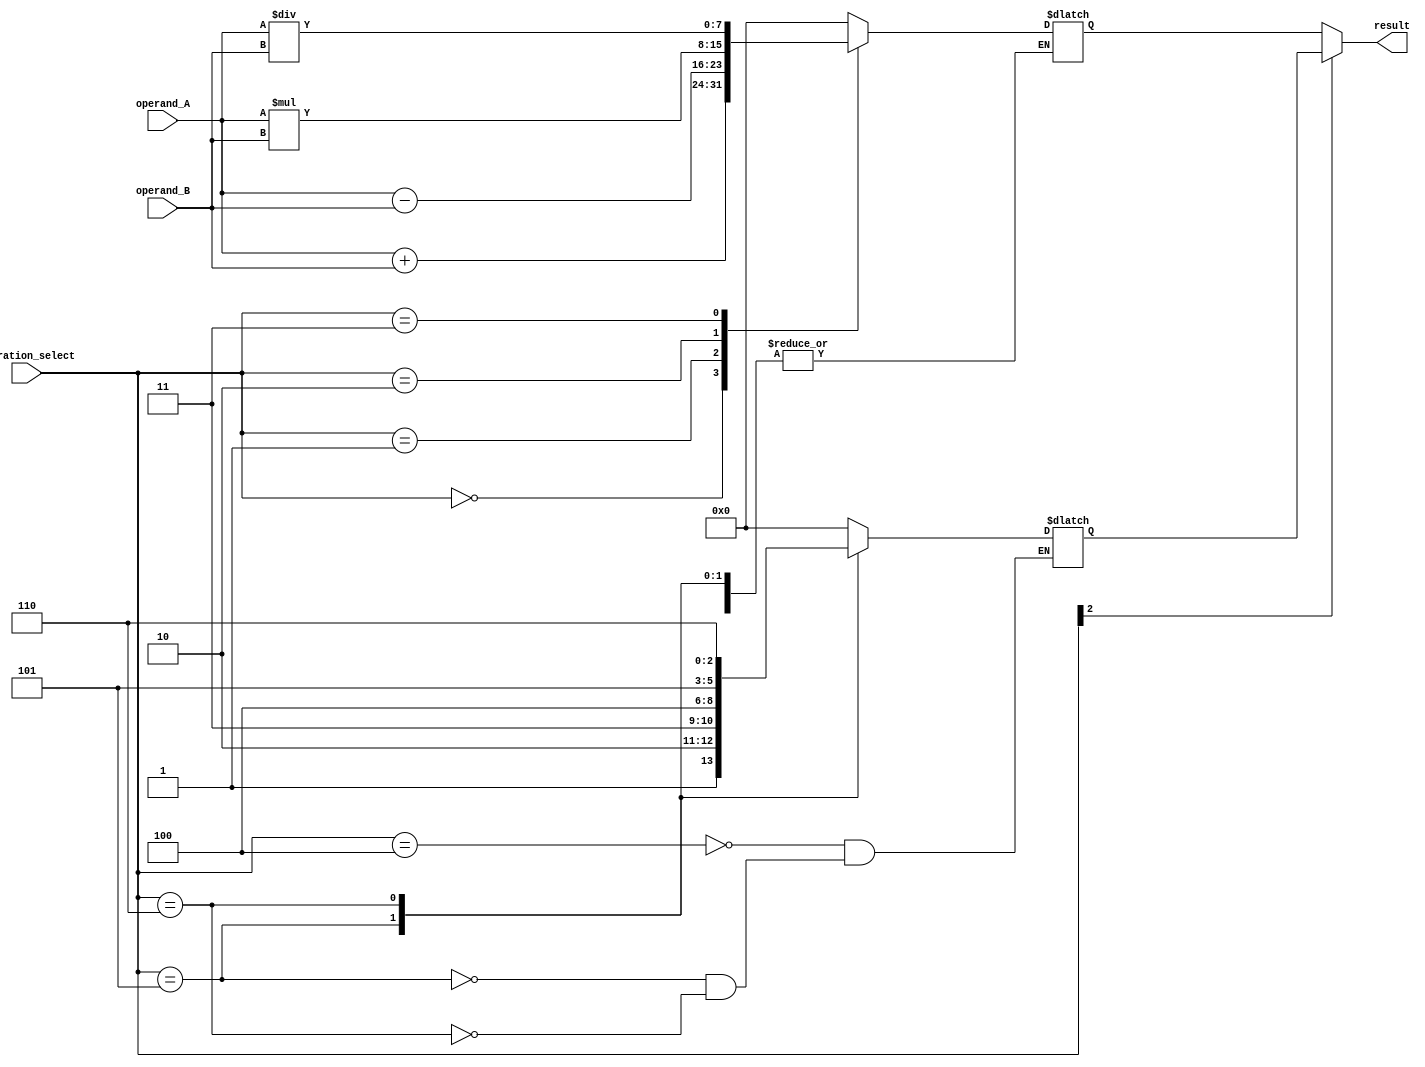
module TrigonometricALU (
    input wire [7:0] operand_A,
    input wire [7:0] operand_B,
    input wire [2:0] operation_select,
    output wire [7:0] result
);

reg [7:0] result_arithmetic;
reg [7:0] result_trigonometric;

always @*begin
    case(operation_select)
        3'b000: result_arithmetic = operand_A + operand_B; // addition
        3'b001: result_arithmetic = operand_A - operand_B; // subtraction
        3'b010: result_arithmetic = operand_A * operand_B; // multiplication
        3'b011: result_arithmetic = operand_A / operand_B; // division
        3'b100: result_trigonometric = compute_sin(operand_A); // sine function
        3'b101: result_trigonometric = compute_cos(operand_A); // cosine function
        3'b110: result_trigonometric = compute_tan(operand_A); // tangent function
        default: result_arithmetic = 0;
    endcase
end

assign result = (operation_select[2]) ? result_trigonometric : result_arithmetic;

// Trigonometric functions implementation using lookup tables or algorithms
function [7:0] compute_sin;
    input [7:0] angle;
    // add sine computation logic
endfunction

function [7:0] compute_cos;
    input [7:0] angle;
    // add cosine computation logic
endfunction

function [7:0] compute_tan;
    input [7:0] angle;
    // add tangent computation logic
endfunction

endmodule